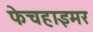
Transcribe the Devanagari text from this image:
फेचहाइमर